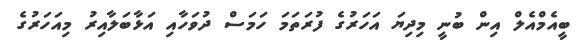
ބީއެމްއެލް އިން ބުނީ މިދިޔަ އަހަރުގެ ފުރަތަމަ ހަމަސް ދުވަހާއި އަޅާބަލާއިރު މިއަހަރުގެ